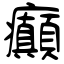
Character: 癲